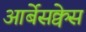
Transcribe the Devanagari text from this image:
आर्बेसक्वेस